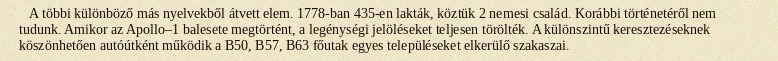
A többi különböző más nyelvekből átvett elem. 1778-ban 435-en lakták, köztük 2 nemesi család. Korábbi történetéről nem tudunk. Amikor az Apollo–1 balesete megtörtént, a legénységi jelöléseket teljesen törölték. A különszintű keresztezéseknek köszönhetően autóútként működik a B50, B57, B63 főutak egyes településeket elkerülő szakaszai.